画像に写った文字を読んでください
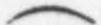
「(」と書いてあります